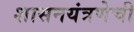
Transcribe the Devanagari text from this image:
शासनयंत्रणेची